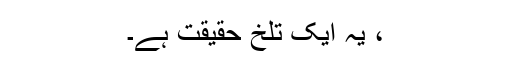
، یہ ایک تلخ حقیقت ہے۔